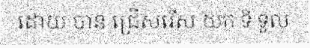
ដោយ បាន ជ្រើសរើស យក ទី ទួល